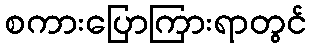
စကားပြောကြားရာတွင်